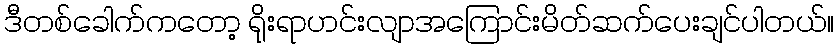
ဒီတစ်ခေါက်ကတော့ ရိုးရာဟင်းလျာအကြောင်းမိတ်ဆက်ပေးချင်ပါတယ်။